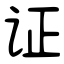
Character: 证